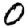
Digit: 0